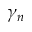
\gamma _ { n }